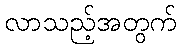
လာသည့်အတွက်